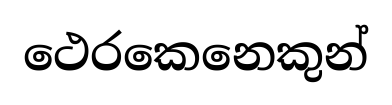
ථෙරකෙනෙකුන්